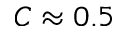
C \approx 0 . 5